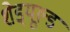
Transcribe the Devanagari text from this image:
शेड्‌यूल्ड